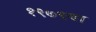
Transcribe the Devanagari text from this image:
१९७९या